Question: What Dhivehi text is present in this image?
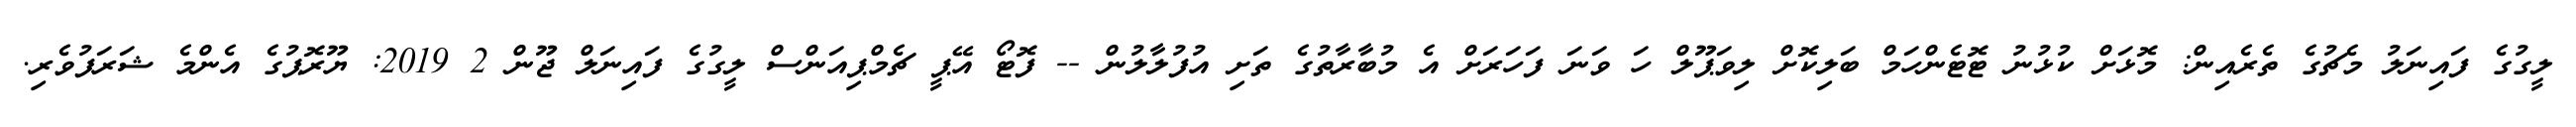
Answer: ލީގުގެ ފައިނަލު މެޗުގެ ތެރެއިން: މޮޅަށް ކުޅުނު ޓޮޓެންހަމް ބަލިކޮށް ލިވަޕޫލް ހަ ވަނަ ފަހަރަށް އެ މުބާރާތުގެ ތަށި އުފުލާލުން -- ފޮޓޯ އޭޕީ ޗެމްޕިއަންސް ލީގުގެ ފައިނަލް ޖޫން 2 2019: ޔޫރޮޕުގެ އެންމެ ޝަރަފުވެރި.